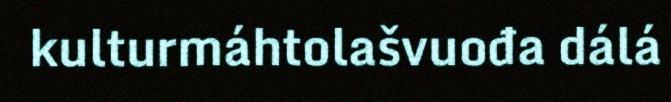
kulturmáhtolašvuođa dálá